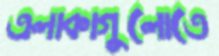
এলাকাগুলোতে